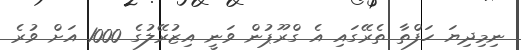
ނިމިދިޔަ ހަފްތާ ތެރޭގައި އެ ގްރޫޕުން ވަނީ އިޒުރޭލުގެ 1000 އަށް ވުރެ